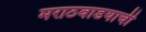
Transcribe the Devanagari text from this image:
मराठवाडयाची